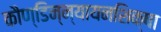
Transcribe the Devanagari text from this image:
काैण्डिन्न्यायनशिक्षा